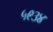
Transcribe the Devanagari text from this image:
५९३४